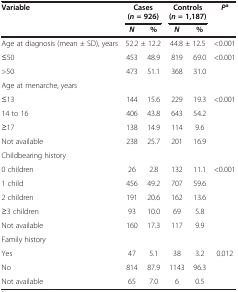
<table><thead><tr><td rowspan="2"><b>Variable</b></td><td colspan="2"><b>Cases (<i>n </i>= 926)</b></td><td colspan="2"><b>Controls (<i>n </i>= 1,187)</b></td><td rowspan="2"><b><i>P</i><sup>a</sup></b></td></tr><tr><td><b><i>N</i></b></td><td><b>%</b></td><td><b><i>N</i></b></td><td><b>%</b></td></tr></thead><tbody><tr><td>Age at diagnosis (mean ± SD), years</td><td colspan="2">52.2 ± 12.2</td><td colspan="2">44.8 ± 12.5</td><td>&lt;0.001</td></tr><tr><td>≤50</td><td>453</td><td>48.9</td><td>819</td><td>69.0</td><td>&lt;0.001</td></tr><tr><td>&gt;50</td><td>473</td><td>51.1</td><td>368</td><td>31.0</td><td> </td></tr><tr><td colspan="6">Age at menarche, years</td></tr><tr><td>≤13</td><td>144</td><td>15.6</td><td>229</td><td>19.3</td><td>&lt;0.001</td></tr><tr><td>14 to 16</td><td>406</td><td>43.8</td><td>643</td><td>54.2</td><td> </td></tr><tr><td>≥17</td><td>138</td><td>14.9</td><td>114</td><td>9.6</td><td> </td></tr><tr><td>Not available</td><td>238</td><td>25.7</td><td>201</td><td>16.9</td><td> </td></tr><tr><td colspan="6">Childbearing history</td></tr><tr><td>0 children</td><td>26</td><td>2.8</td><td>132</td><td>11.1</td><td>&lt;0.001</td></tr><tr><td>1 child</td><td>456</td><td>49.2</td><td>707</td><td>59.6</td><td> </td></tr><tr><td>2 children</td><td>191</td><td>20.6</td><td>162</td><td>13.6</td><td> </td></tr><tr><td>≥3 children</td><td>93</td><td>10.0</td><td>69</td><td>5.8</td><td> </td></tr><tr><td>Not available</td><td>160</td><td>17.3</td><td>117</td><td>9.9</td><td> </td></tr><tr><td colspan="6">Family history</td></tr><tr><td>Yes</td><td>47</td><td>5.1</td><td>38</td><td>3.2</td><td>0.012</td></tr><tr><td>No</td><td>814</td><td>87.9</td><td>1143</td><td>96.3</td><td> </td></tr><tr><td>Not available</td><td>65</td><td>7.0</td><td>6</td><td>0.5</td><td> </td></tr></tbody></table>